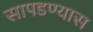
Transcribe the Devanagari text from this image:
सापडण्यास